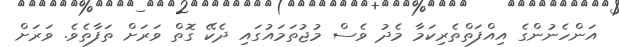
އަންހެނުންގެ އިއްފަތްތެރިކަމާ މެދު ވެސް މުޖުތަމައުގައި ދެކޭ ގޮތް ވަރަށް ތަފާތެވެ. ވަރަށް